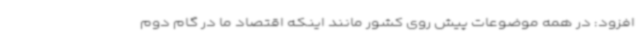
افزود: در همه موضوعات پیش روی کشور مانند اینکه اقتصاد ما در گام دوم